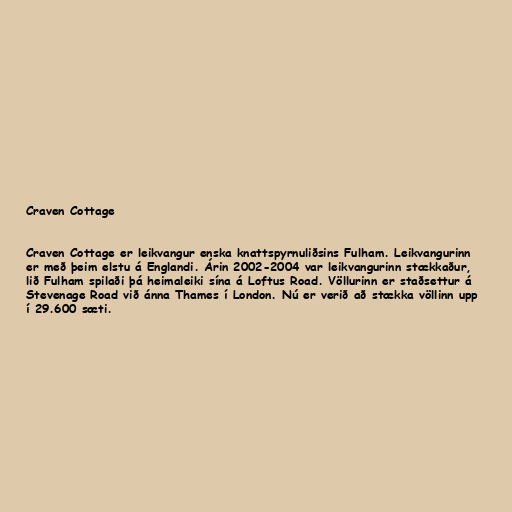
Craven Cottage

Craven Cottage er leikvangur enska knattspyrnuliðsins Fulham. Leikvangurinn
er með þeim elstu á Englandi. Árin 2002-2004 var leikvangurinn stækkaður,
lið Fulham spilaði þá heimaleiki sína á Loftus Road. Völlurinn er staðsettur á
Stevenage Road við ánna Thames í London. Nú er verið að stækka völlinn upp
í 29.600 sæti.